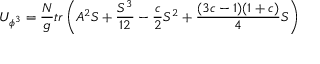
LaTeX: U _ { \phi ^ { 3 } } = { \frac { N } { g } } t r \left( A ^ { 2 } S + { \frac { S ^ { 3 } } { 1 2 } } - { \frac { c } { 2 } } S ^ { 2 } + { \frac { ( 3 c - 1 ) ( 1 + c ) } { 4 } } S \right)